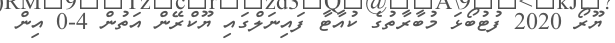
ޔޫރޯ 2020 ފުޓުބޯޅަ މުބާރާތުގެ ކުއާޓާ ފައިނަލްގައި ޔޫކްރޭން އަތުން 4-0 އިން